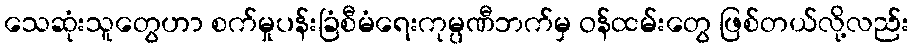
သေဆုံးသူတွေဟာ စက်မှုပန်းခြံစီမံရေးကုမ္ပဏီဘက်မှ ဝန်ထမ်းတွေ ဖြစ်တယ်လို့လည်း